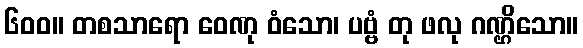
၆၀၀။ တစသာရော ဝေဏု ဝံသော၊ ပဗ္ဗံ တု ဖလု ဂဏ္ဌိသော။